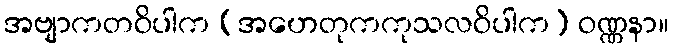
အဗျာကတဝိပါက (အဟေတုကကုသလဝိပါက) ဝဏ္ဏနာ။